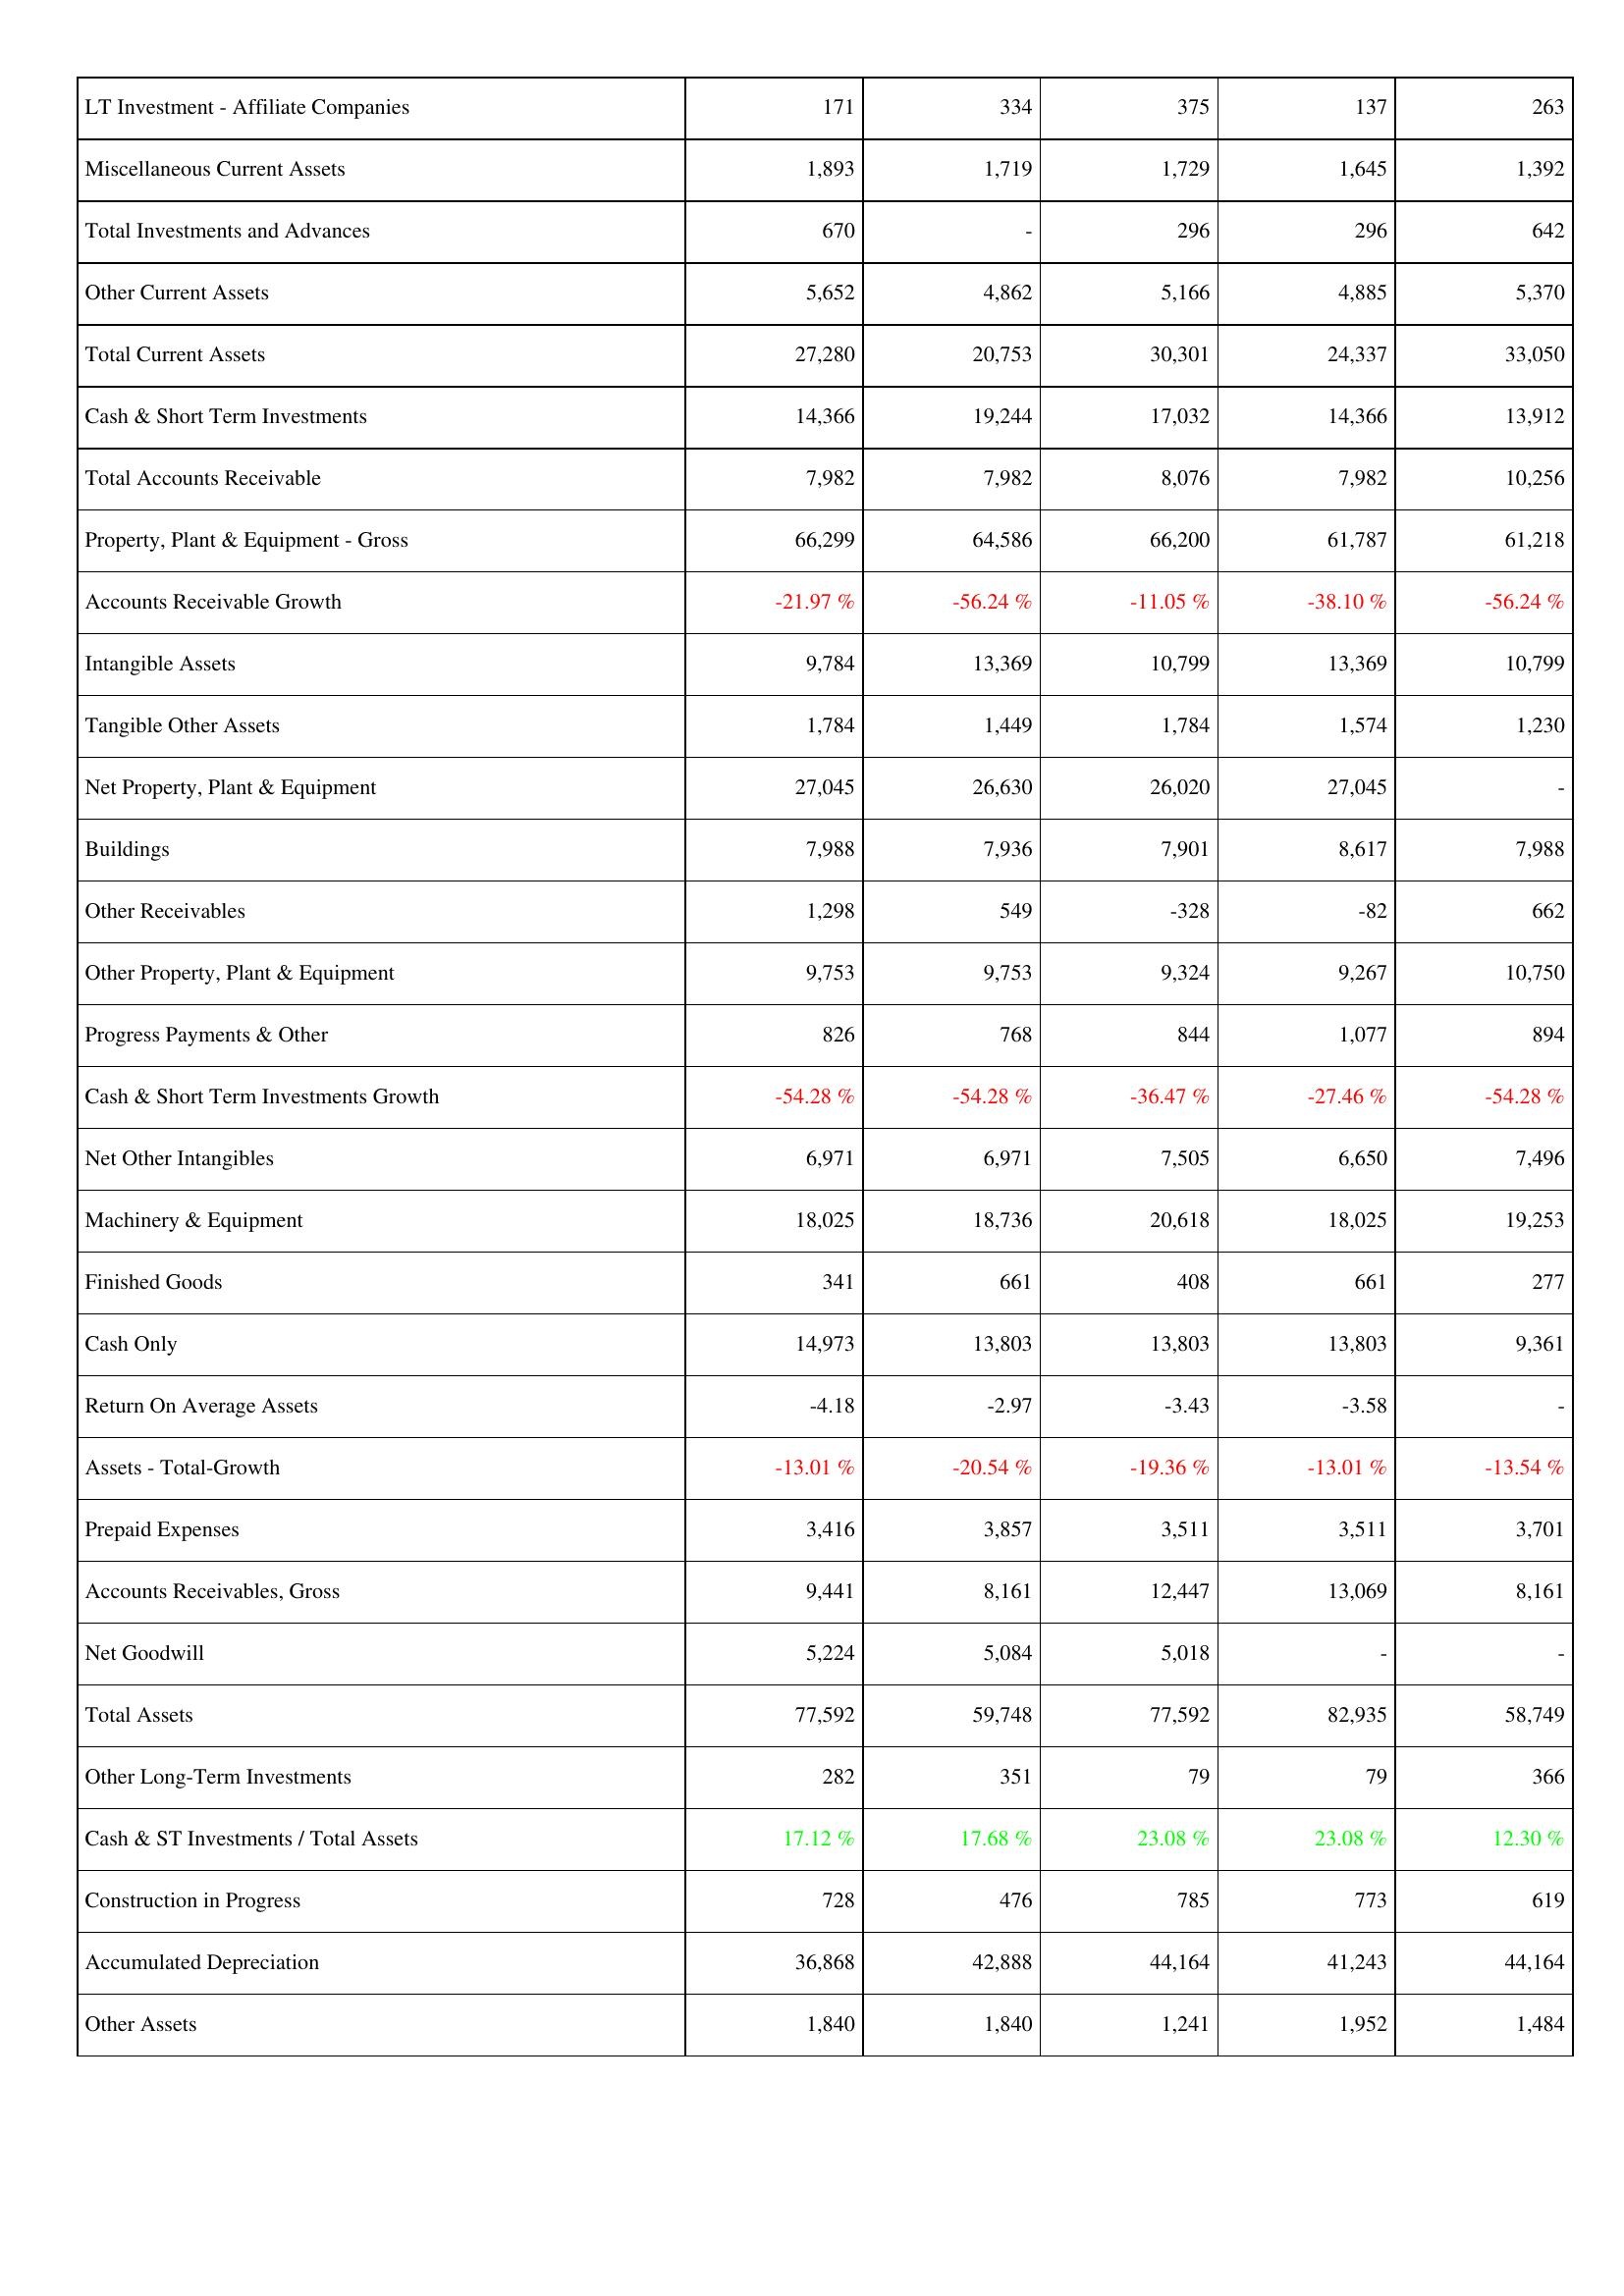
2008: Assets: LT Investment - Affiliate Companies: 171
Miscellaneous Current Assets: 1,893
Total Investments and Advances: 670
Other Current Assets: 5,652
Total Current Assets: 27,280
Cash & Short Term Investments: 14,366
Total Accounts Receivable: 7,982
Property, Plant & Equipment - Gross: 66,299
Accounts Receivable Growth: -21.97 %
Intangible Assets: 9,784
Tangible Other Assets: 1,784
Net Property, Plant & Equipment: 27,045
Buildings: 7,988
Other Receivables: 1,298
Other Property, Plant & Equipment: 9,753
Progress Payments & Other: 826
Cash & Short Term Investments Growth: -54.28 %
Net Other Intangibles: 6,971
Machinery & Equipment: 18,025
Finished Goods: 341
Cash Only: 14,973
Return On Average Assets: -4.18
Assets - Total-Growth: -13.01 %
Prepaid Expenses: 3,416
Accounts Receivables, Gross: 9,441
Net Goodwill: 5,224
Total Assets: 77,592
Other Long-Term Investments: 282
Cash & ST Investments / Total Assets: 17.12 %
Construction in Progress: 728
Accumulated Depreciation: 36,868
Other Assets: 1,840
2009: Assets: LT Investment - Affiliate Companies: 334
Miscellaneous Current Assets: 1,719
Total Investments and Advances: -
Other Current Assets: 4,862
Total Current Assets: 20,753
Cash & Short Term Investments: 19,244
Total Accounts Receivable: 7,982
Property, Plant & Equipment - Gross: 64,586
Accounts Receivable Growth: -56.24 %
Intangible Assets: 13,369
Tangible Other Assets: 1,449
Net Property, Plant & Equipment: 26,630
Buildings: 7,936
Other Receivables: 549
Other Property, Plant & Equipment: 9,753
Progress Payments & Other: 768
Cash & Short Term Investments Growth: -54.28 %
Net Other Intangibles: 6,971
Machinery & Equipment: 18,736
Finished Goods: 661
Cash Only: 13,803
Return On Average Assets: -2.97
Assets - Total-Growth: -20.54 %
Prepaid Expenses: 3,857
Accounts Receivables, Gross: 8,161
Net Goodwill: 5,084
Total Assets: 59,748
Other Long-Term Investments: 351
Cash & ST Investments / Total Assets: 17.68 %
Construction in Progress: 476
Accumulated Depreciation: 42,888
Other Assets: 1,840
2010: Assets: LT Investment - Affiliate Companies: 375
Miscellaneous Current Assets: 1,729
Total Investments and Advances: 296
Other Current Assets: 5,166
Total Current Assets: 30,301
Cash & Short Term Investments: 17,032
Total Accounts Receivable: 8,076
Property, Plant & Equipment - Gross: 66,200
Accounts Receivable Growth: -11.05 %
Intangible Assets: 10,799
Tangible Other Assets: 1,784
Net Property, Plant & Equipment: 26,020
Buildings: 7,901
Other Receivables: -328
Other Property, Plant & Equipment: 9,324
Progress Payments & Other: 844
Cash & Short Term Investments Growth: -36.47 %
Net Other Intangibles: 7,505
Machinery & Equipment: 20,618
Finished Goods: 408
Cash Only: 13,803
Return On Average Assets: -3.43
Assets - Total-Growth: -19.36 %
Prepaid Expenses: 3,511
Accounts Receivables, Gross: 12,447
Net Goodwill: 5,018
Total Assets: 77,592
Other Long-Term Investments: 79
Cash & ST Investments / Total Assets: 23.08 %
Construction in Progress: 785
Accumulated Depreciation: 44,164
Other Assets: 1,241
2011: Assets: LT Investment - Affiliate Companies: 137
Miscellaneous Current Assets: 1,645
Total Investments and Advances: 296
Other Current Assets: 4,885
Total Current Assets: 24,337
Cash & Short Term Investments: 14,366
Total Accounts Receivable: 7,982
Property, Plant & Equipment - Gross: 61,787
Accounts Receivable Growth: -38.10 %
Intangible Assets: 13,369
Tangible Other Assets: 1,574
Net Property, Plant & Equipment: 27,045
Buildings: 8,617
Other Receivables: -82
Other Property, Plant & Equipment: 9,267
Progress Payments & Other: 1,077
Cash & Short Term Investments Growth: -27.46 %
Net Other Intangibles: 6,650
Machinery & Equipment: 18,025
Finished Goods: 661
Cash Only: 13,803
Return On Average Assets: -3.58
Assets - Total-Growth: -13.01 %
Prepaid Expenses: 3,511
Accounts Receivables, Gross: 13,069
Net Goodwill: -
Total Assets: 82,935
Other Long-Term Investments: 79
Cash & ST Investments / Total Assets: 23.08 %
Construction in Progress: 773
Accumulated Depreciation: 41,243
Other Assets: 1,952
2012: Assets: LT Investment - Affiliate Companies: 263
Miscellaneous Current Assets: 1,392
Total Investments and Advances: 642
Other Current Assets: 5,370
Total Current Assets: 33,050
Cash & Short Term Investments: 13,912
Total Accounts Receivable: 10,256
Property, Plant & Equipment - Gross: 61,218
Accounts Receivable Growth: -56.24 %
Intangible Assets: 10,799
Tangible Other Assets: 1,230
Net Property, Plant & Equipment: -
Buildings: 7,988
Other Receivables: 662
Other Property, Plant & Equipment: 10,750
Progress Payments & Other: 894
Cash & Short Term Investments Growth: -54.28 %
Net Other Intangibles: 7,496
Machinery & Equipment: 19,253
Finished Goods: 277
Cash Only: 9,361
Return On Average Assets: -
Assets - Total-Growth: -13.54 %
Prepaid Expenses: 3,701
Accounts Receivables, Gross: 8,161
Net Goodwill: -
Total Assets: 58,749
Other Long-Term Investments: 366
Cash & ST Investments / Total Assets: 12.30 %
Construction in Progress: 619
Accumulated Depreciation: 44,164
Other Assets: 1,484